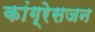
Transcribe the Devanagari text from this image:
कांग्रेसजन